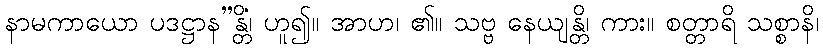
နာမကာယော ပဒဋ္ဌာန”န္တိ၊ ဟူ၍။ အာဟ၊ ၏။ သဗ္ဗံ နေယျန္တိ၊ ကား။ စတ္တာရိ သစ္စာနိ၊